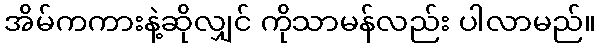
အိမ်ကကားနဲ့ဆိုလျှင် ကိုသာမန်လည်း ပါလာမည်။